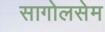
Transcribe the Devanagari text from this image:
सागोलसेम